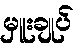
မှူးချုပ်